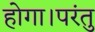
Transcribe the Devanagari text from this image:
होगा।परंतु